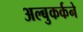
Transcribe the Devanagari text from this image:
अल्बुकर्कने